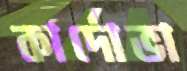
কার্দোভা